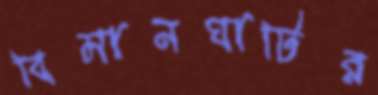
বিমানঘাটির